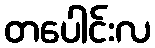
တပေါင်းလ